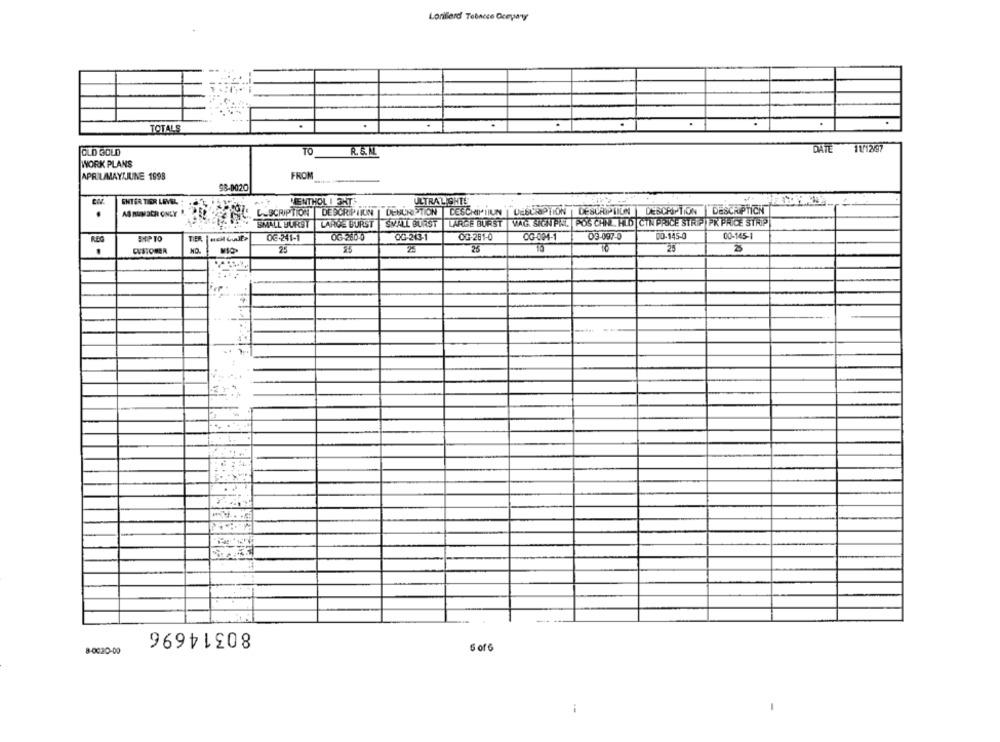
Lonilierd Tobacco Dcepay
TOTALS
DATE 11/12/97
OLD GOLD
TO
R. S. M.
WORK PLANS
APRIL/MAYIJUNE 1998
FROM
98-0020
ENTER TIER LEVEL
MENTHOL I ENT
ULTRALIGHT!
.
AS NUNACH ONLY
L.SCRIPTION |DESCRIPIIUN | DENUNISTION DESCHMIIUN | DESCIOPTION | DESCRIPTION DESCRIPTION DESCRIPTION
SMALL BURST
LARGE BURST |WATG. SHEN PAL POS CHNL HLD CIN PRICE STRIP PK PRICE STRIP
SMALL BURST
LARGE BURST
REC
SHIP TO
OG-241-1
0G-280-0
OG-243-1
OG-261-0
OG-084-1
03-097-0
00-145-0
00-145-1
TIER
CUSTOMER
25
25
25
TO
25
2
..
80314696
8-0020-00
6 of6